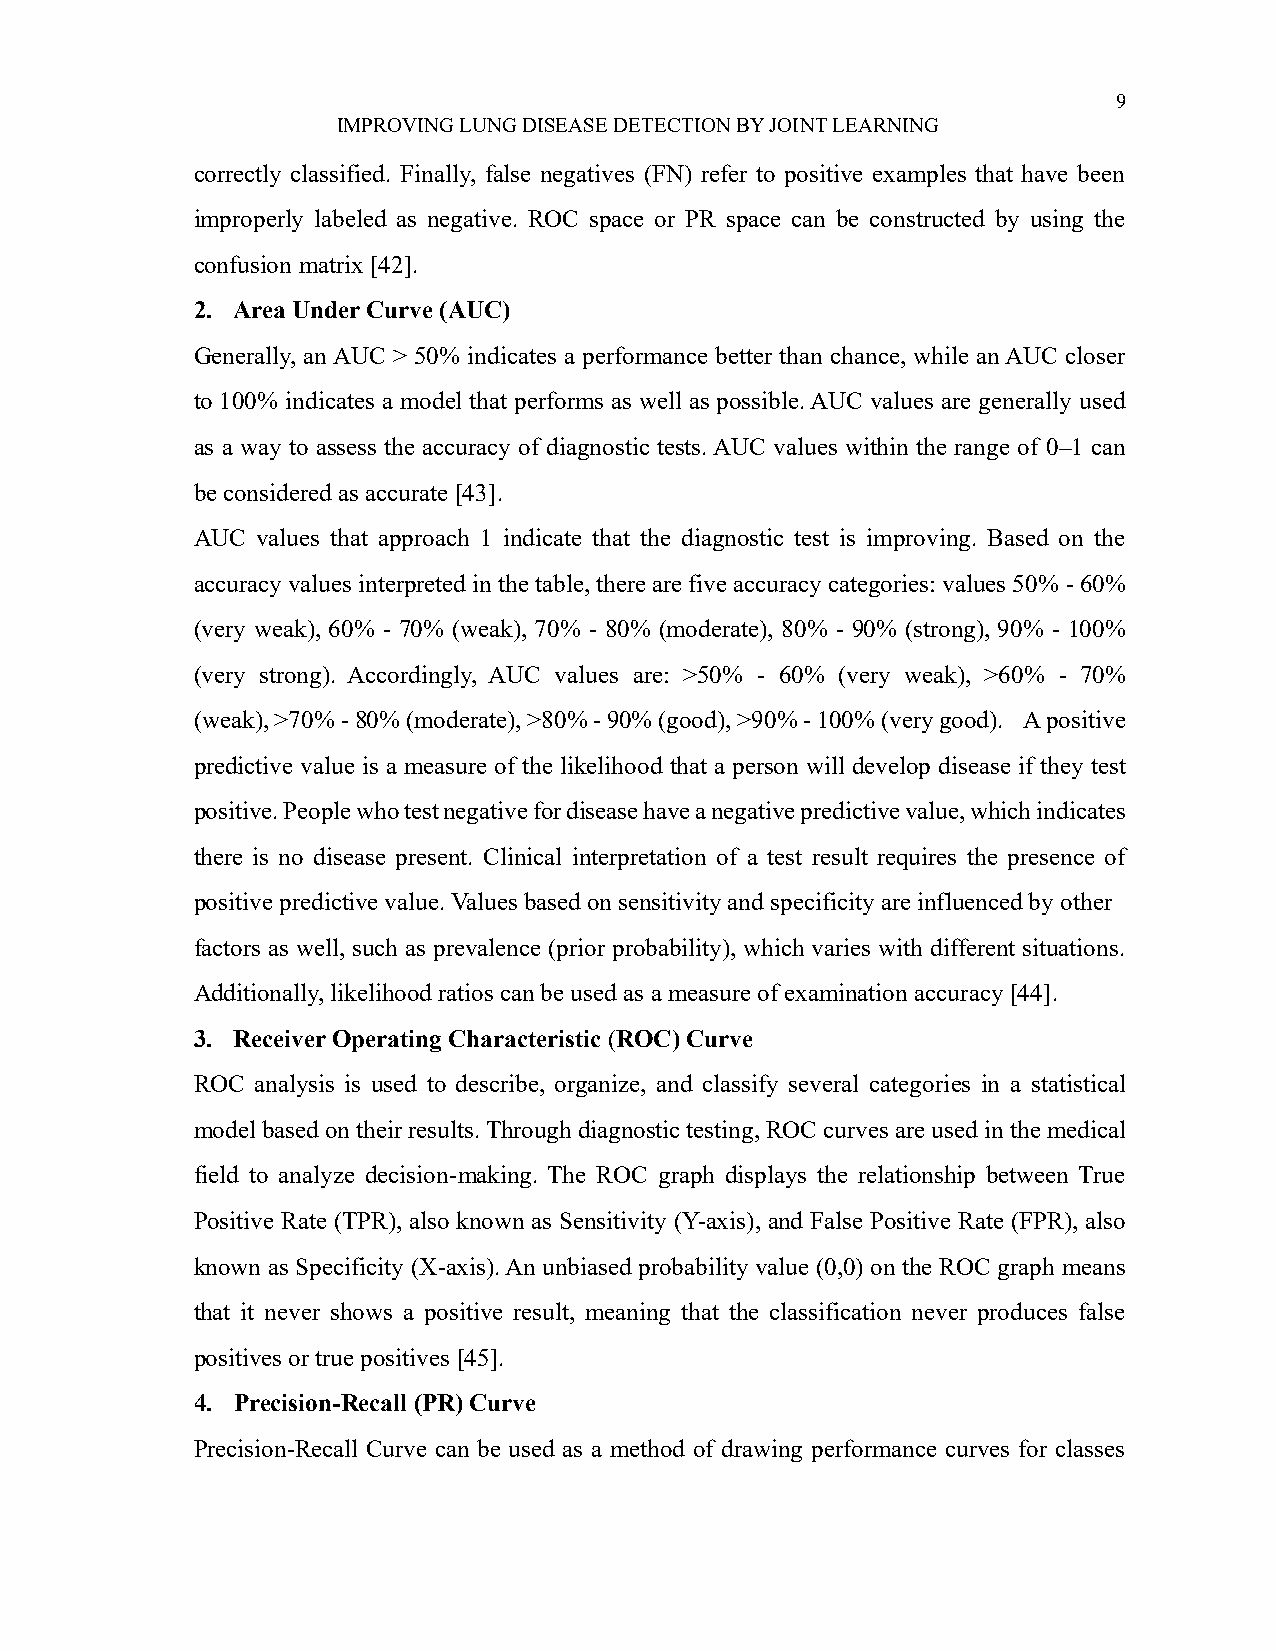
9
 IMPROVING LUNG DISEASE DETECTION BY JOINT LEARNING
 correctly classified. Finally, false negatives (FN) refer to positive examples that have been
 improperly labeled as negative. ROC space or PR space can be constructed by using the
 confusion matrix [42].
 2. Area Under Curve (AUC)
 Generally, an AUC > 50% indicates a performance better than chance, while an AUC closer
 to 100% indicates a model that performs as well as possible. AUC values are generally used
 as a way to assess the accuracy of diagnostic tests. AUC values within the range of 0–1 can
 be considered as accurate [43].
 AUC values that approach 1 indicate that the diagnostic test is improving. Based on the
 accuracy values interpreted in the table, there are five accuracy categories: values 50% - 60%
 (very weak), 60% - 70% (weak), 70% - 80% (moderate), 80% - 90% (strong), 90% - 100%
 (very strong). Accordingly, AUC values are: >50% - 60% (very weak), >60% - 70%
 (weak), >70% - 80% (moderate), >80% - 90% (good), >90% - 100% (very good). A positive
 predictive value is a measure of the likelihood that a person will develop disease if they test
 positive. People who test negative for disease have a negative predictive value, which indicates
 there is no disease present. Clinical interpretation of a test result requires the presence of
 positive predictive value. Values based on sensitivity and specificity are influenced by other
 factors as well, such as prevalence (prior probability), which varies with different situations.
 Additionally, likelihood ratios can be used as a measure of examination accuracy [44].
 3. Receiver Operating Characteristic (ROC) Curve
 ROC analysis is used to describe, organize, and classify several categories in a statistical
 model based on their results. Through diagnostic testing, ROC curves are used in the medical
 field to analyze decision-making. The ROC graph displays the relationship between True
 Positive Rate (TPR), also known as Sensitivity (Y-axis), and False Positive Rate (FPR), also
 known as Specificity (X-axis). An unbiased probability value (0,0) on the ROC graph means
 that it never shows a positive result, meaning that the classification never produces false
 positives or true positives [45].
 4. Precision-Recall (PR) Curve
 Precision-Recall Curve can be used as a method of drawing performance curves for classes